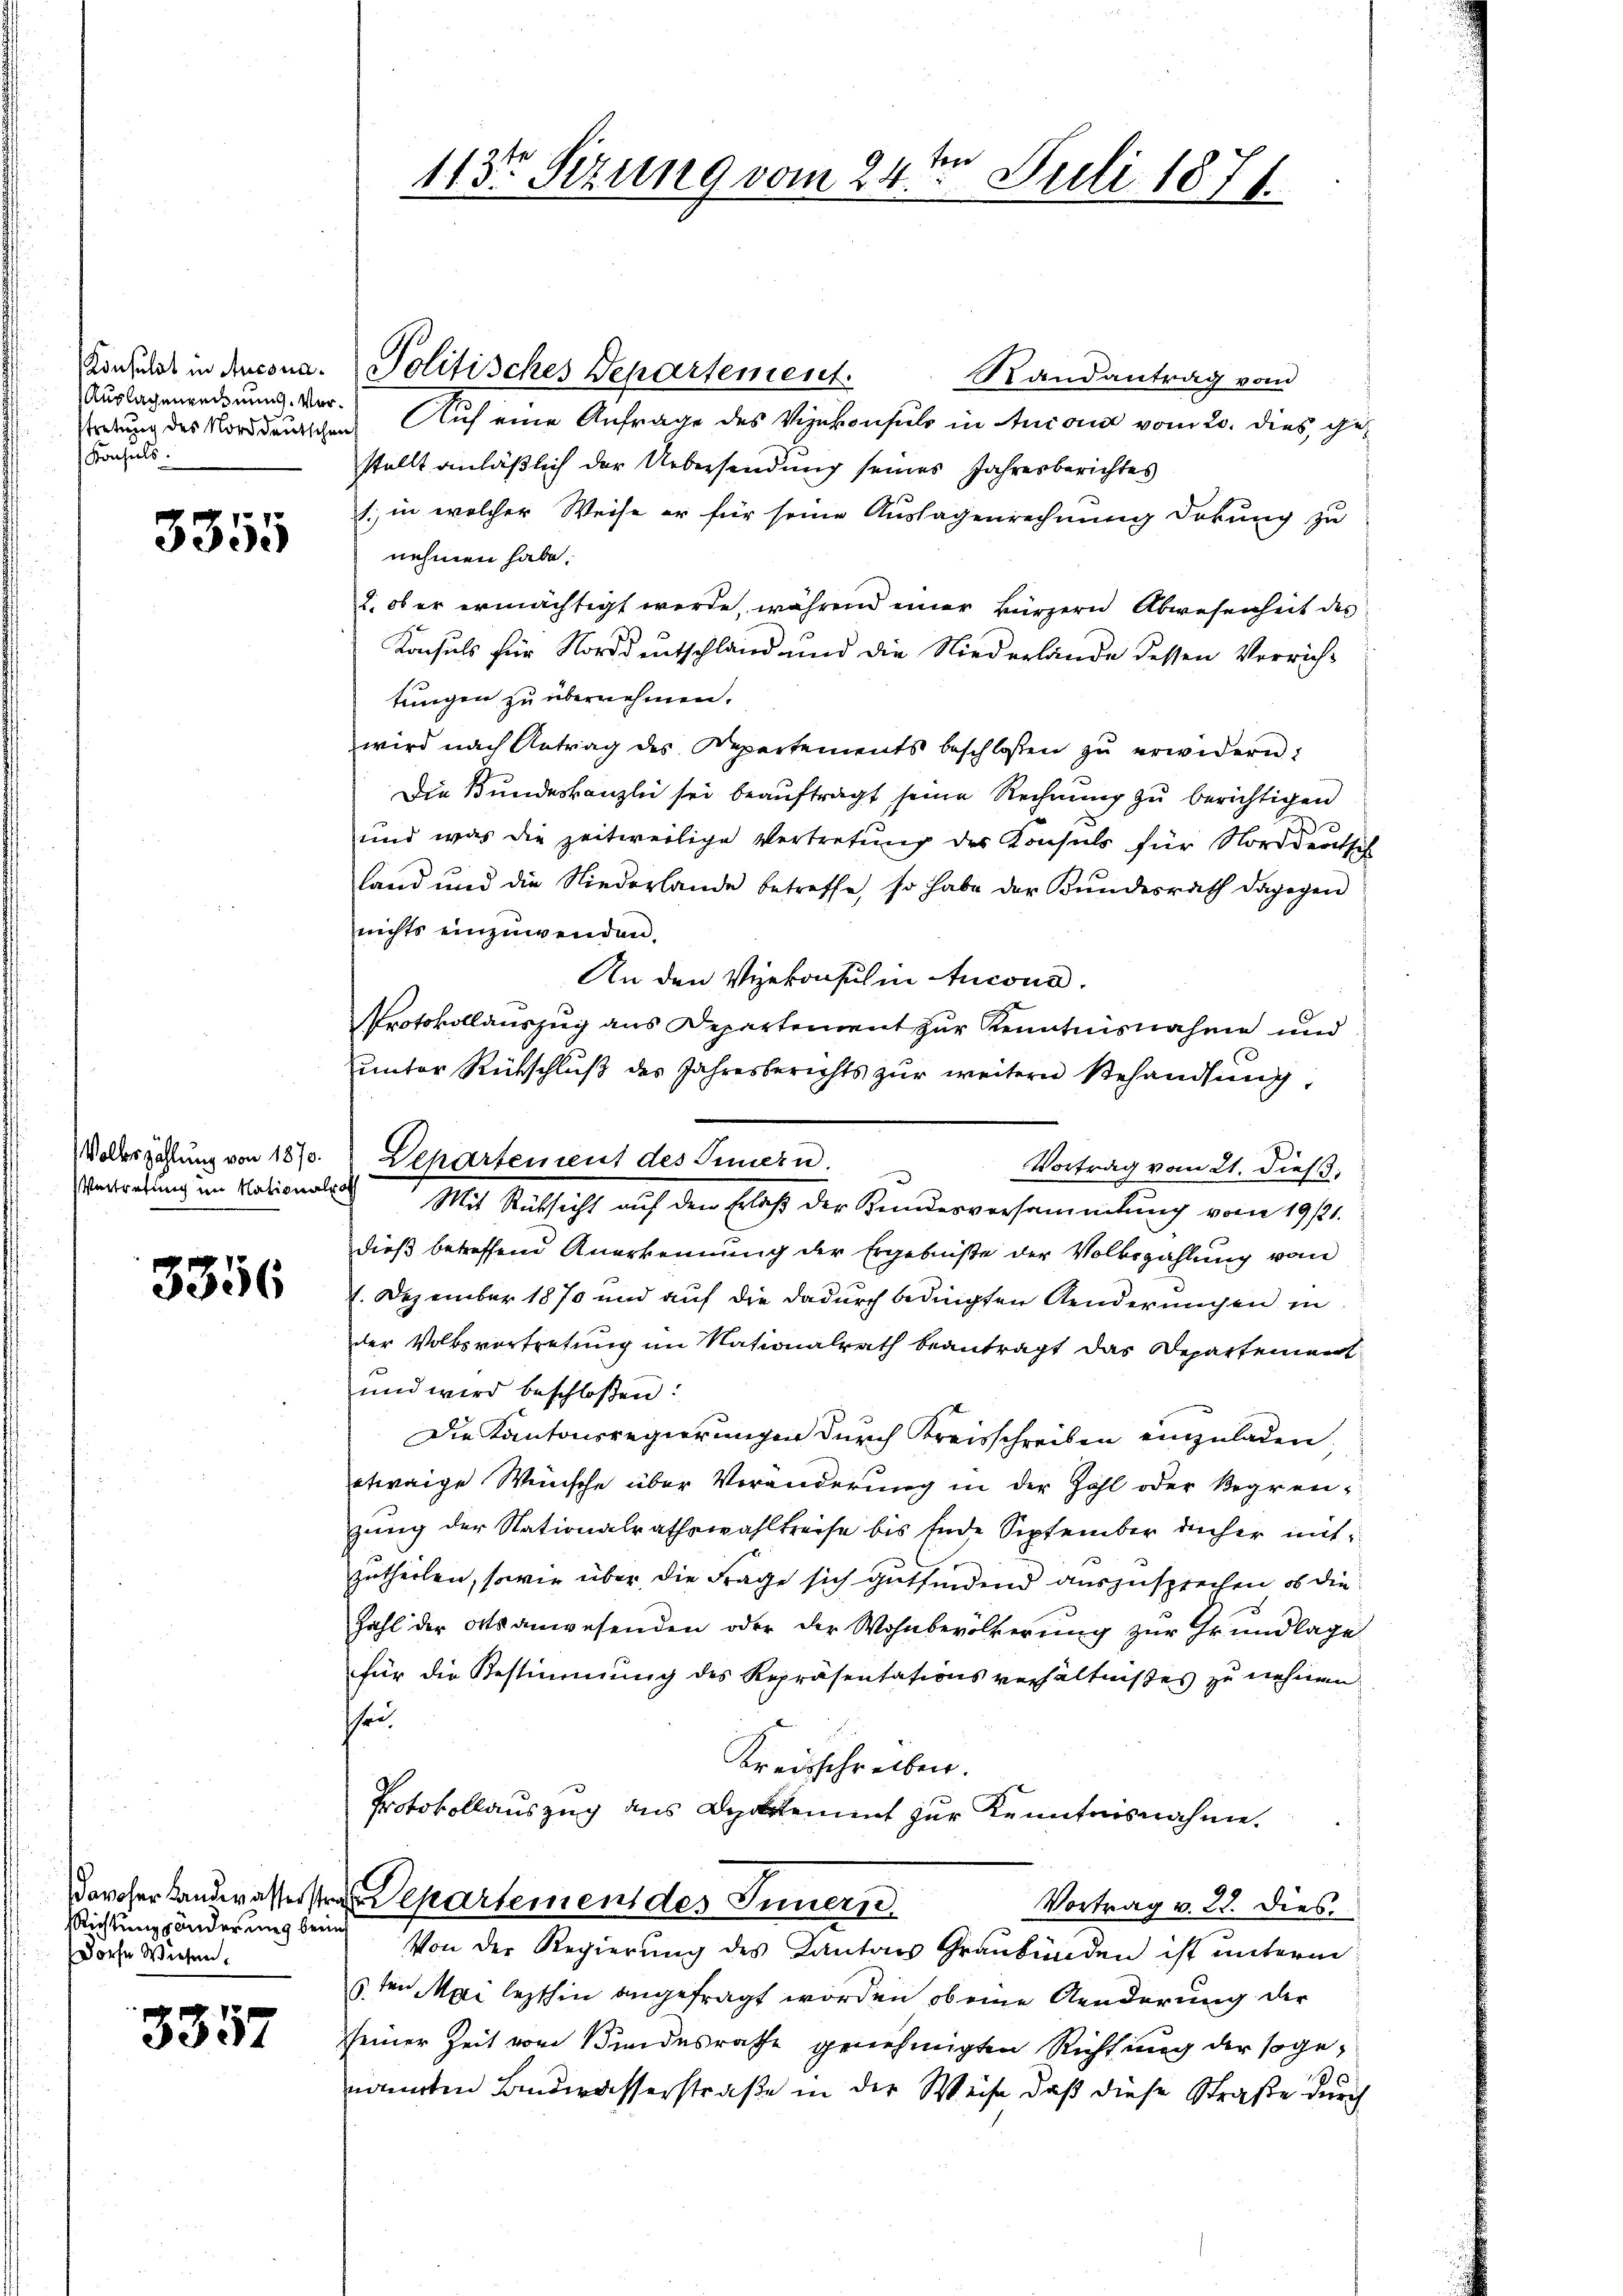
Konsulat in Aucona¬
Auslagenrechnung. Vor¬
Konsuls.

3355

3356

Richtungsänderung beim
Dorfe Wiesen.

3357

Politisches Departement.
Randantrag vom
rdung des Norddeutschen Auf eine Anfrage des Vizekonsuls in Ancona vom 20. dies, gestellt anläßlich der Uebersendung seines Jahresberichtes
1., in welcher Weise er für seine Auslagenrechnung dokung zu
nehmen habe.
2, ob er ermächtigt werde, während einer kürzern Abwesenheit des
Konsuls für Norddeutschland und die Niederlände dessen Verrichtungen zu übernehmen.
wird nach Antrag des Departements beschloßen zu erwidern:
Die Bundeskanzlei sei beauftragt seine Rechnung zu berichtigen
und was die zeitweilige Vertretung des Konsuls für Norddeutsc
land und die Niederlande betreffe, so habe der Bundesrath dagegen
nichts einzuwenden.
An den Vizekonsul in Incona.
Protokollauszug aus Departement zur Kenntnisnahme und
unter Rückschluß des Jahresberichts zur weitern Behandlung,
Vortrag vom 21. dies
Vertretung im Nationals Mit Rücksicht auf den Erlaß der Kinderversammlung vom 19 t.
dieß betreffend Anerkennung der Ergebniße der Volkszahlung vom
1. Dezember 1870 und auf die dadurch bedingten Kinderungen in
der Volksvertretung im Nationalrath beantragt das Departement
und wird beschloßen:
Die Kantonsregierungen durch Kreisschreiben einzuladen.
etwaige Wünsche über Veränderung in der Zahl oder Begrenzung der Nationalrathswahlkreise bis Ende September dicher mitzutheilen, sowie über die Frage sich gutfindend auszusprechen, ob die
Zahl der Ortsanwesenden oder der Wohnbevölkerŭng zur Grundlage
für die Bestimmung des Repräsentationsverhältnißes zu nehmen
shen
Kreisschreiben.
Protokollauszug aus Departement zur Kenntnisnahme.
ovoher Landwasserstrafe Departement des Inners
Vortrag v. 22. Dies
Von der Regierung des Kantons Graubünden ist unterm
1 ten Mai lezthin angefragt worden, ob eine Aenderung der
sseiner Zeit vom Bundesrathe genehmigten Richtung der sogenannten Buderasserstraße in der Weise daß diese Straße durch

Volkszählung von 1870. Departement des Innern.

fere
113te Sitzung vom 24. Juli 1871